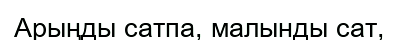
Арыңды сатпа, малынды сат,